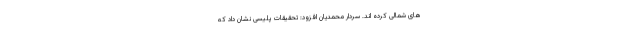
های شمالی کرده اند. سردار محمدیان افزود: تحقیقات پلیسی نشان داد که